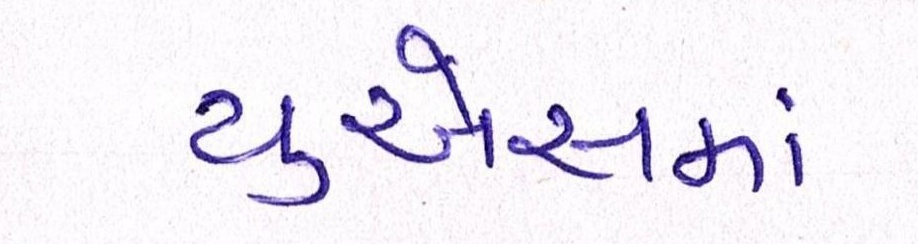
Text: યુએસમાં